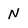
Character: N